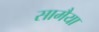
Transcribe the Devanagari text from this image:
सामैया